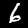
Label: 6